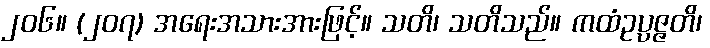
၂၀၆။ (၂၀၇) အရေးအသားအားဖြင့်။ သတိ၊ သတိသည်။ ကထံဥပ္ပဇ္ဇတိ၊